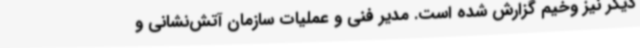
دیگر نیز وخیم گزارش شده‌ است. مدیر فنی و عملیات سازمان آتش‌نشانی و